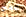
بسحب